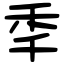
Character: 秊